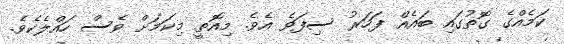
ކަމެއްގެ ގޮތުގައި ބައެއް ފަހަރު ސިފަވެ އެވެ. މިއޮތީ މިކަމަށް ވެސް ހައްލެކެވެ.